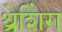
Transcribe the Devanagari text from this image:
थ्रेशिंग